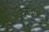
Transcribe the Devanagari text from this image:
देनब्रोग